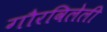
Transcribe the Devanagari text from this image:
गौरविलेली